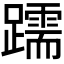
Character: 𫏧